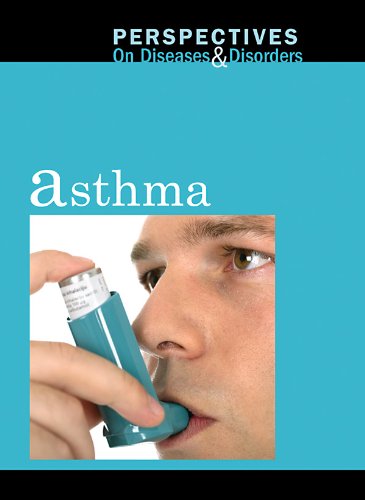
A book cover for Asthma (Perspectives on Diseases and Disorders); Clayton Farris Naff; Health, Fitness & Dieting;